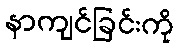
နာကျင်ခြင်းကို